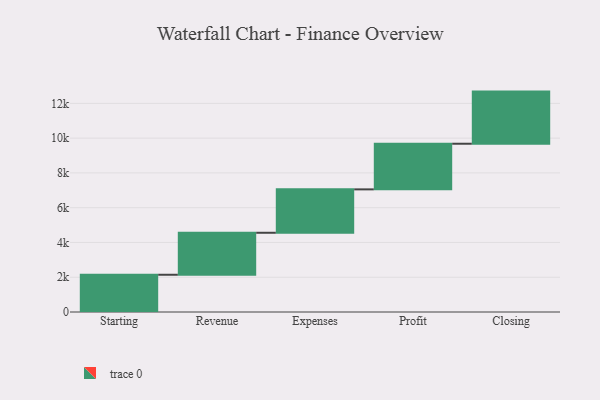
{"axis": {"x": "Step", "y": "Value"}, "legend": [""], "data": [{"x": "Starting", "y": 2142.0, "type": ""}, {"x": "Revenue", "y": 2415.0, "type": ""}, {"x": "Expenses", "y": 2496.0, "type": ""}, {"x": "Profit", "y": 2625.0, "type": ""}, {"x": "Closing", "y": 2998.0, "type": ""}]}